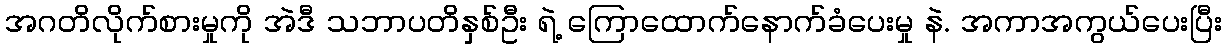
အဂတိလိုက်စားမှုကို အဲဒီ သဘာပတိနှစ်ဦး ရဲ့ ကြောထောက်နောက်ခံပေးမှု နဲ. အကာအကွယ်ပေးပြီး